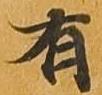
有